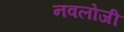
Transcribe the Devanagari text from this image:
नवलोजी